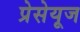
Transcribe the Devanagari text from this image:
प्रेसेयूज